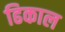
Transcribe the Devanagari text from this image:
ढिकाल